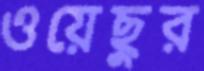
ওয়েছুর